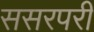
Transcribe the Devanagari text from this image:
ससरपरी